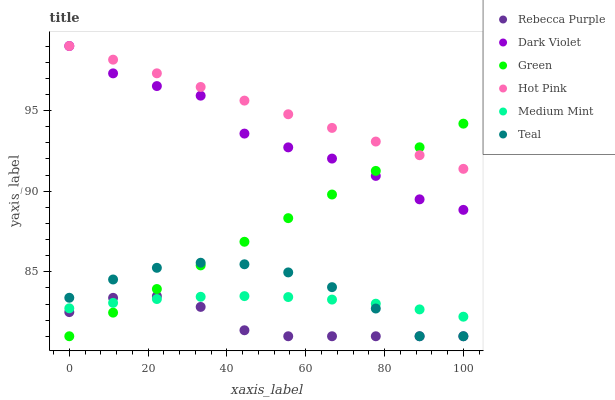
| xaxis_label | Rebecca Purple | Dark Violet | Green | Hot Pink | Medium Mint | Teal |
 | --- | --- | --- | --- | --- | --- | --- |
 | 0 | 82.5 | 99 | 81 | 99 | 82.7 | 83.4 |
 | 11.1 | 83.4 | 97.3 | 82.5 | 98.2 | 83.1 | 84.5 |
 | 22.2 | 83.5 | 96.5 | 83.9 | 97.3 | 83.3 | 85.2 |
 | 33.3 | 82.8 | 95.9 | 85.4 | 96.5 | 83.4 | 85.6 |
 | 44.4 | 81.4 | 93.6 | 86.9 | 95.6 | 83.5 | 85.5 |
 | 55.6 | 81 | 92.7 | 88.3 | 94.8 | 83.4 | 85 |
 | 66.7 | 81 | 92 | 89.8 | 93.9 | 83.3 | 84 |
 | 77.8 | 81 | 90.9 | 91.3 | 93.1 | 83 | 82.7 |
 | 88.9 | 81 | 89.5 | 92.7 | 92.2 | 82.7 | 81 |
 | 100 | 81 | 88.8 | 94.2 | 91.4 | 82.2 | 81 |